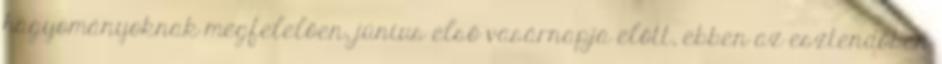
hagyományoknak megfelelően, június első vasárnapja előtt, ebben az esztendőben